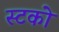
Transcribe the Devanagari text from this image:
स्टको